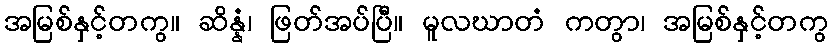
အမြစ်နှင့်တကွ။ ဆိန္နံ၊ ဖြတ်အပ်ပြီ။ မူလဃာတံ ကတွာ၊ အမြစ်နှင့်တကွ